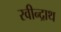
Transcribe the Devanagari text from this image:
रवीन्द्राथ